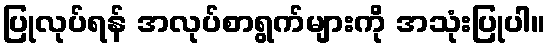
ပြုလုပ်ရန် အလုပ်စာရွက်များကို အသုံးပြုပါ။